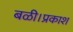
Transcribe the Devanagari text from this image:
बळी।प्रकाश